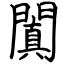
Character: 闐